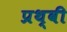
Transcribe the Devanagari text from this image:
प्रथ्‍वी